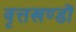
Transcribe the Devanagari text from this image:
वृत्तखण्डों